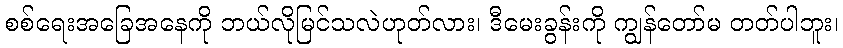
စစ်ရေးအခြေအနေကို ဘယ်လိုမြင်သလဲဟုတ်လား၊ ဒီမေးခွန်းကို ကျွန်တော်မ တတ်ပါဘူး၊